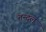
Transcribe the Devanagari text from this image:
तन्दुल